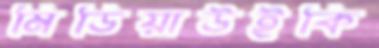
মিডিয়াউইকি